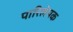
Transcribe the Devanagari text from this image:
पारिलेयक